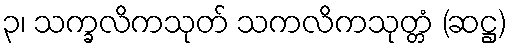
၃၊ သက္ခလိကသုတ် သကလိကသုတ္တံ (ဆဋ္ဌ)